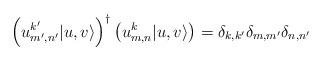
LaTeX: \begin{align*}\left(u^{k'}_{m',n'}|u,v\rangle\right)^\dagger \left(u^k_{m,n}|u,v\rangle\right) = \delta_{k,k'}\delta_{m,m'}\delta_{n,n'}\end{align*}